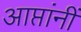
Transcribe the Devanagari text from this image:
आप्तांनीं